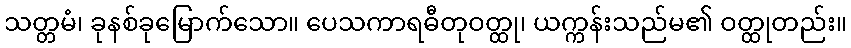
သတ္တမံ၊ ခုနစ်ခုမြောက်သော။ ပေသကာရဓီတုဝတ္ထု၊ ယက္ကန်းသည်မ၏ ဝတ္ထုတည်း။